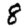
Digit: 8